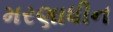
મરણાધીન